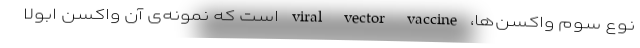
نوع سوم واکسن‌ها، viral vector vaccine است که نمونه‌ی آن واکسن ابولا